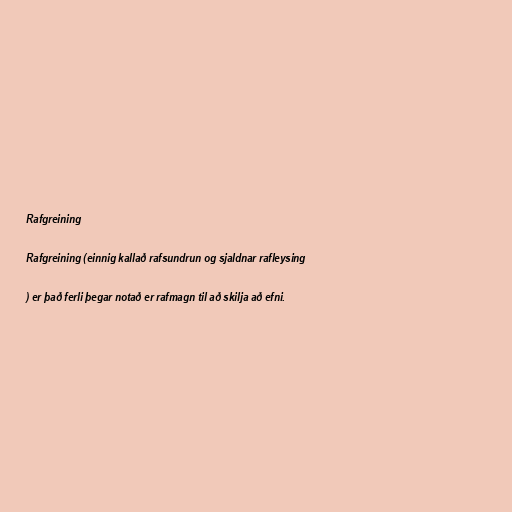
Rafgreining

Rafgreining (einnig kallað rafsundrun og sjaldnar rafleysing

) er það ferli þegar notað er rafmagn til að skilja að efni.